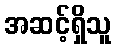
အဆင့်ရှိသူ